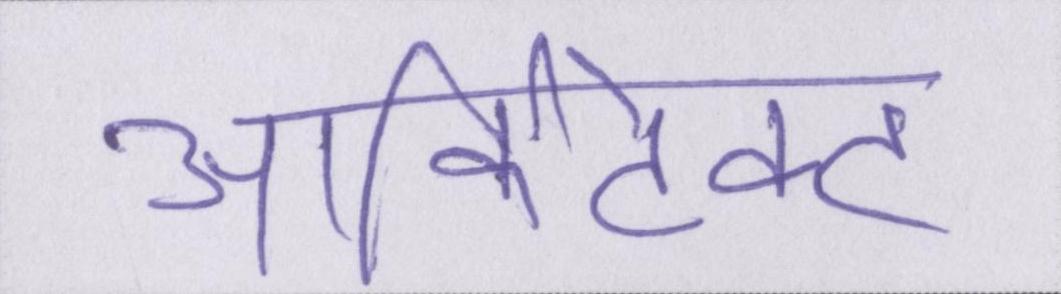
आर्किटेक्ट